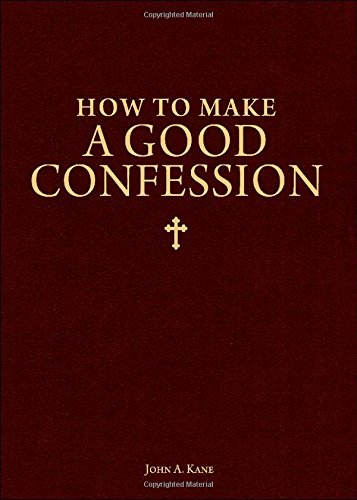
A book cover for How to Make a Good Confession: A Pocket Guide to Reconciliation with God; John A. Kane; Christian Books & Bibles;